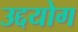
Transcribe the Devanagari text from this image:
उद्दयोग